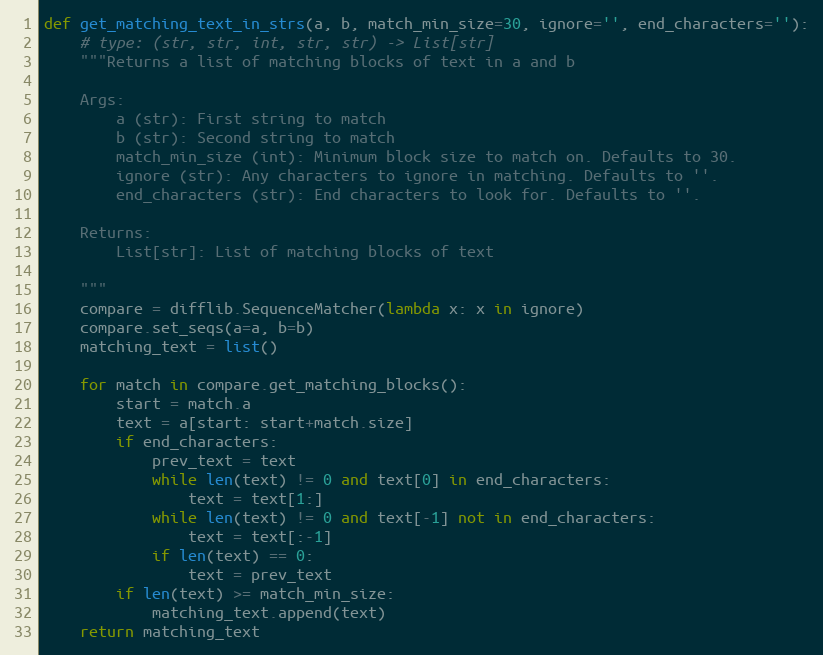
Language: Python
def get_matching_text_in_strs(a, b, match_min_size=30, ignore='', end_characters=''):
    # type: (str, str, int, str, str) -> List[str]
    """Returns a list of matching blocks of text in a and b

    Args:
        a (str): First string to match
        b (str): Second string to match
        match_min_size (int): Minimum block size to match on. Defaults to 30.
        ignore (str): Any characters to ignore in matching. Defaults to ''.
        end_characters (str): End characters to look for. Defaults to ''.

    Returns:
        List[str]: List of matching blocks of text

    """
    compare = difflib.SequenceMatcher(lambda x: x in ignore)
    compare.set_seqs(a=a, b=b)
    matching_text = list()

    for match in compare.get_matching_blocks():
        start = match.a
        text = a[start: start+match.size]
        if end_characters:
            prev_text = text
            while len(text) != 0 and text[0] in end_characters:
                text = text[1:]
            while len(text) != 0 and text[-1] not in end_characters:
                text = text[:-1]
            if len(text) == 0:
                text = prev_text
        if len(text) >= match_min_size:
            matching_text.append(text)
    return matching_text